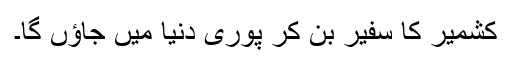
کشمیر کا سفیر بن کر پوری دنیا میں جاؤں گا۔